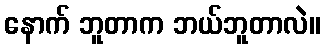
နောက် ဘူတာက ဘယ်ဘူတာလဲ။